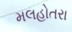
મલહોતરા